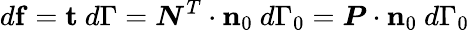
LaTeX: d\mathbf{f}=\mathbf{t}~d\Gamma={\boldsymbol{N}}^{T}\cdot\mathbf{n}_{0}~d\Gamma_{0}={\boldsymbol{P}}\cdot\mathbf{n}_{0}~d\Gamma_{0}